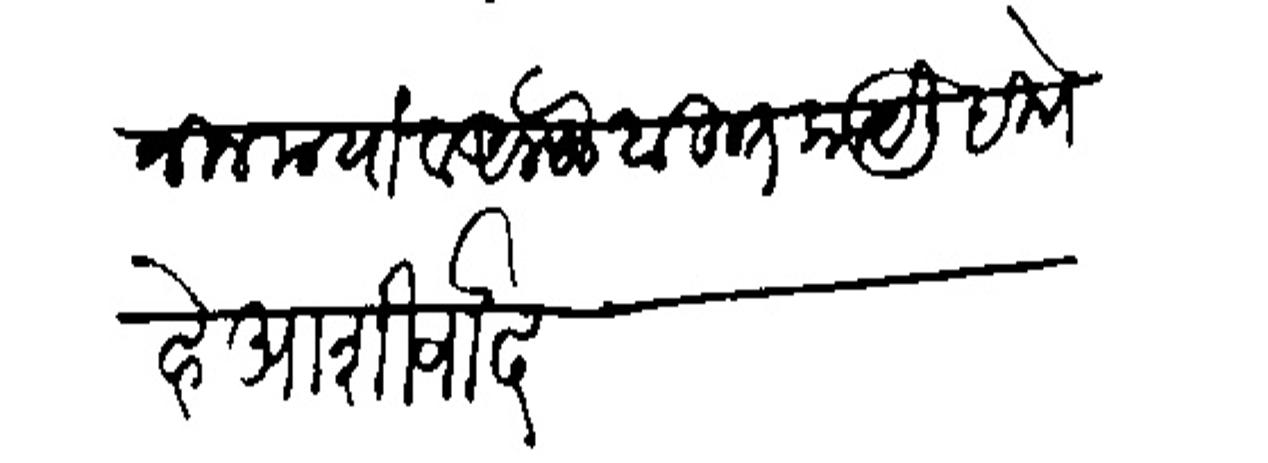
Transliteration (Devanagari): समानीन मया व अलफ बहुत काये लिहिणे हे आशीर्वाद